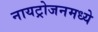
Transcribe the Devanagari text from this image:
नायट्रोजनमध्ये